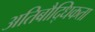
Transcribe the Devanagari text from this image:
अतिबौद्धिकता